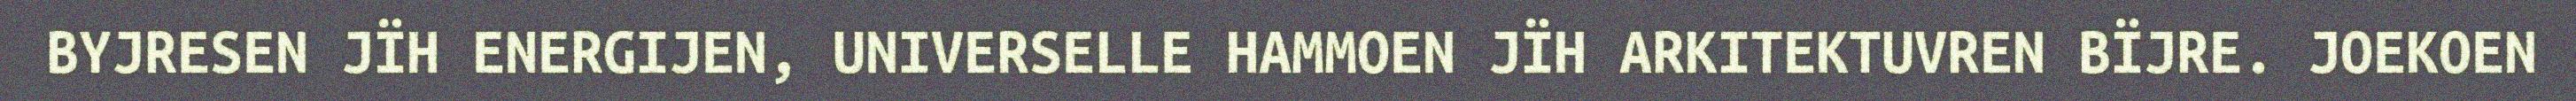
BYJRESEN JÏH ENERGIJEN, UNIVERSELLE HAMMOEN JÏH ARKITEKTUVREN BÏJRE. JOEKOEN